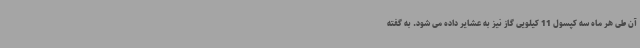
آن طی هر ماه سه کپسول 11 کیلویی گاز نیز به عشایر داده می شود. به گفته